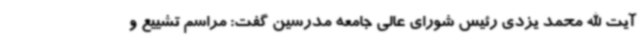
آیت الله محمد یزدی رئیس شورای عالی جامعه مدرسین گفت: مراسم تشییع و